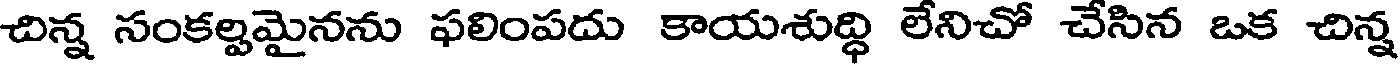
చిన్న సంకల్పమైనను ఫలింపదు కాయశుద్ధి లేనిచో చేసిన ఒక చిన్న